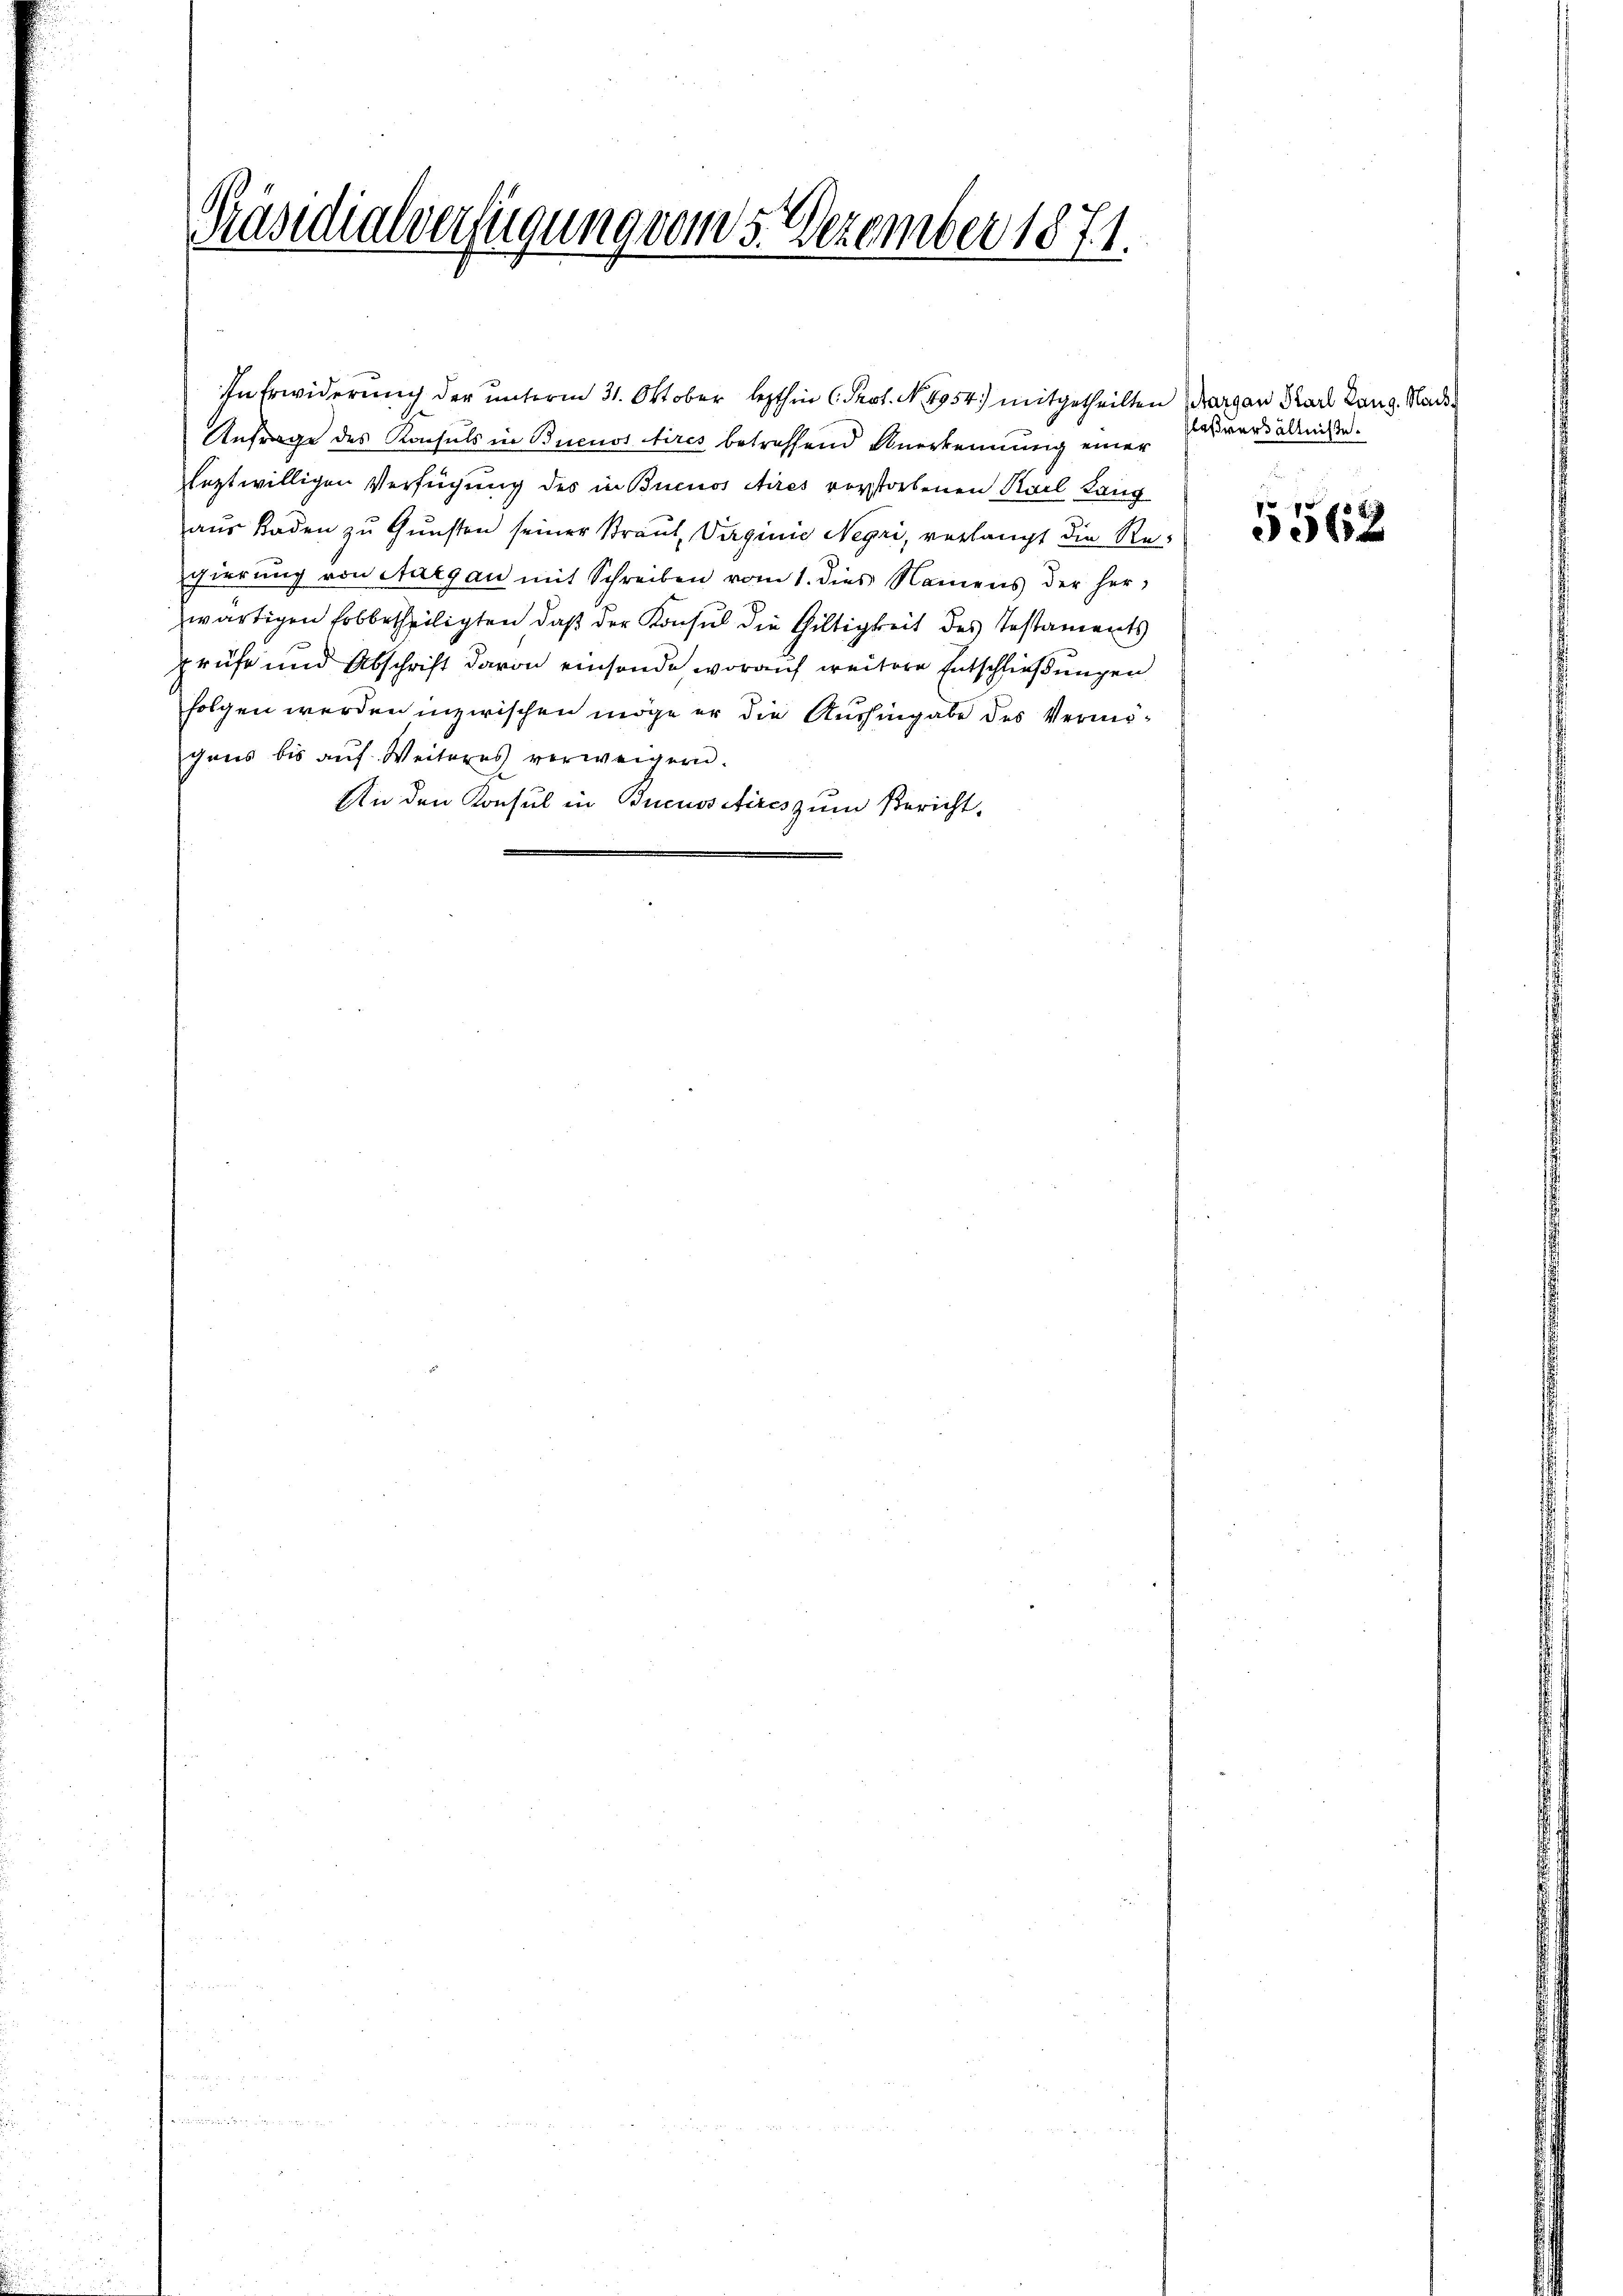
Präsidialverfügung vom 5. Dezember 1871.

Anfrage des Konsuls in Buenos Aires betreffend Anerkennung einer
leztwilligen Verfügung des in Buenos Aires vorstorbenen Karl Lang
aus Boden zu Gunsten seiner Straut, Virginie Negri, verlangt die Regierung von Aargau mit Schreiben vom 1. dies Namens der herwärtigen Erbbetheiligten, daß der Konsul die Gültigkeit des Testaments
prüfe und Abschrift davon einsende worauf weitere Entschließungen
folgen werden inzwischen möge er die Aushingabe des Vermögens bis auf Weiteres verweigern.
An den Konsul in Bucussitires zum Bericht.

In Erwiderung der unterm 31. Oktober lezthin (Peot. No. 1954) mitgetheilten Margau Karl Lang. Nach¬

laßverhältniße.

5562